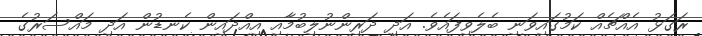
ރަގަޅު އެއްޗެއް ކަމުގައިވަނި ބެލެވިފައެވެ. އަދި ދަރިންނުލިބުމާއި އިއްދައިން ކެނޑުން އަދި މައްސަރުގެ